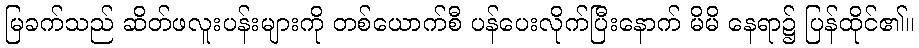
မြခက်သည် ဆိတ်ဖလူးပန်းများကို တစ်ယောက်စီ ပန်ပေးလိုက်ပြီးနောက် မိမိ နေရာ၌ ပြန်ထိုင်၏။